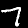
Label: 7